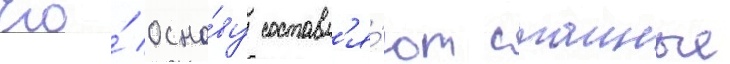
Его́ осно́ву составл'я́ют стаиные